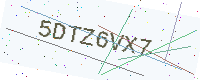
Text: 5DTZ6VX7